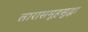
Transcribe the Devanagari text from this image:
तारासमूहसुद्धा